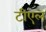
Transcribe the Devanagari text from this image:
टीएल